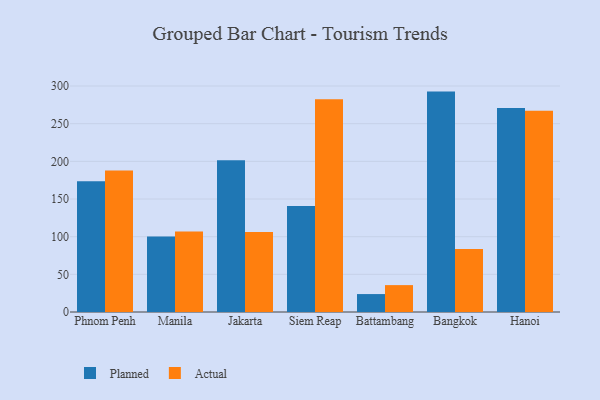
{"axis": {"x": "City", "y": "Humidity (%)"}, "legend": ["Actual", "Planned"], "data": [{"x": "Phnom Penh", "y": 173.5, "type": "Planned"}, {"x": "Phnom Penh", "y": 187.8, "type": "Actual"}, {"x": "Manila", "y": 100.2, "type": "Planned"}, {"x": "Manila", "y": 106.8, "type": "Actual"}, {"x": "Jakarta", "y": 201.4, "type": "Planned"}, {"x": "Jakarta", "y": 106.3, "type": "Actual"}, {"x": "Siem Reap", "y": 140.6, "type": "Planned"}, {"x": "Siem Reap", "y": 282.4, "type": "Actual"}, {"x": "Battambang", "y": 23.8, "type": "Planned"}, {"x": "Battambang", "y": 35.7, "type": "Actual"}, {"x": "Bangkok", "y": 292.6, "type": "Planned"}, {"x": "Bangkok", "y": 83.6, "type": "Actual"}, {"x": "Hanoi", "y": 270.7, "type": "Planned"}, {"x": "Hanoi", "y": 267.2, "type": "Actual"}]}